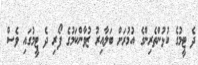
ދެ ޓީމުގެ ކުޅުންތެރިންގެ އުމުރަށް ބަލާއިރު ޒުވާންކަމުގެ ފޯރި ދެ ޓީމުގައި ވެސް